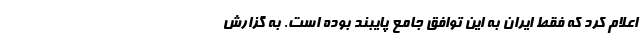
اعلام کرد که فقط ایران به این توافق جامع پایبند بوده است. به گزارش